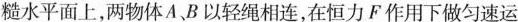
糙水平面上，两物体A、B以轻绳相连，在恒力F作用下做匀速运